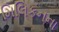
મિલિકનના